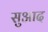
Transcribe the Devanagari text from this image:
सुआद